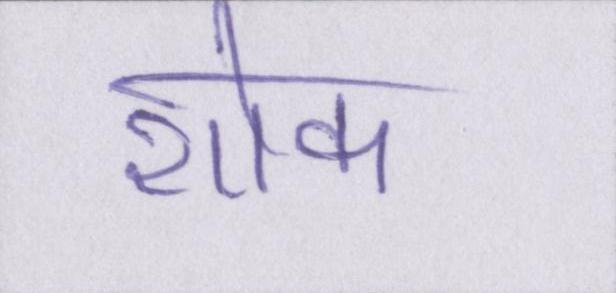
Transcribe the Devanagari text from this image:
शौक